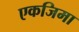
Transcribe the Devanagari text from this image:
एकजिमा